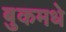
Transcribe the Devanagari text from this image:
बुकमधे